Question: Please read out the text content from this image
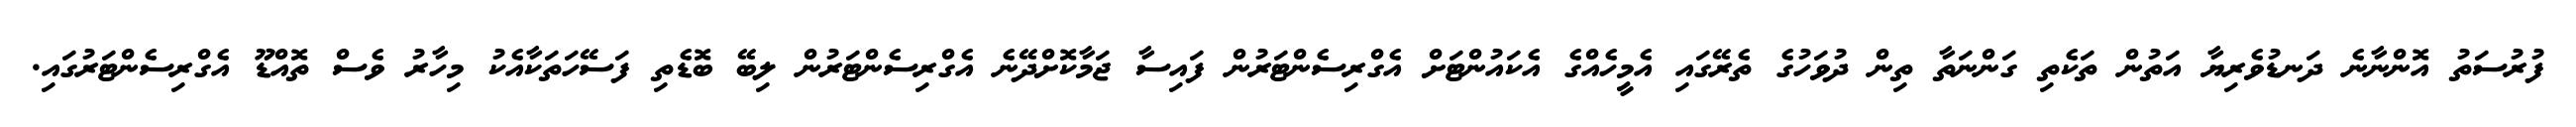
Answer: ފުރުސަތު އޮންނާނެ ދަނޑުވެރިޔާ އަތުން ތަކެތި ގަންނަތާ ތިން ދުވަހުގެ ތެރޭގައި އެމީހެއްގެ އެކައުންޓަށް އެގްރިސެންޓަރުން ފައިސާ ޖަމާކޮށްދޭނެ އެގްރިސެންޓަރުން ލިބޭ ބޮޑެތި ފަސޭހަތަކާއެކު މިހާރު ވެސް ތޮއްޑޫ އެގްރިސެންޓަރުގައި.